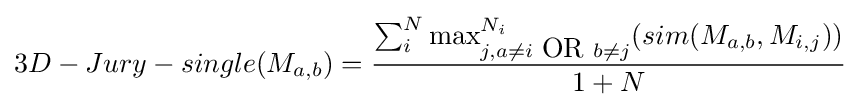
3D-Jury-single(M_{a,b})={\frac {\sum _{i}^{N}\max _{j,a\neq i{\mbox{ OR }}b\neq j}^{N_{i}}(sim(M_{a,b},M_{i,j}))}{1+N}}